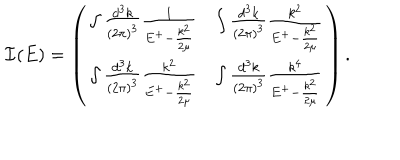
{ \bf { \cal I } } ( E ) = \left( \begin{array} { c c } { { \int \frac { d ^ { 3 } k } { ( 2 \pi ) ^ { 3 } } \frac { 1 } { E ^ { + } - \frac { k ^ { 2 } } { 2 \mu } } } } & { { \int \frac { d ^ { 3 } k } { ( 2 \pi ) ^ { 3 } } \frac { k ^ { 2 } } { E ^ { + } - \frac { k ^ { 2 } } { 2 \mu } } } } \\ { { \int \frac { d ^ { 3 } k } { ( 2 \pi ) ^ { 3 } } \frac { k ^ { 2 } } { E ^ { + } - \frac { k ^ { 2 } } { 2 \mu } } } } & { { \int \frac { d ^ { 3 } k } { ( 2 \pi ) ^ { 3 } } \frac { k ^ { 4 } } { E ^ { + } - \frac { k ^ { 2 } } { 2 \mu } } } } \\ \end{array} \right) .